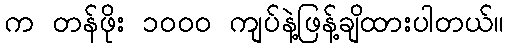
က တန်ဖိုး ၁၀၀၀ ကျပ်နဲ့ဖြန့်ချိထားပါတယ်။